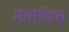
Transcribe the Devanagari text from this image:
मेथोडिक